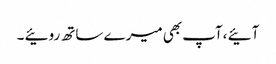
آئیے ،آپ بھی میرے ساتھ روئیے ۔